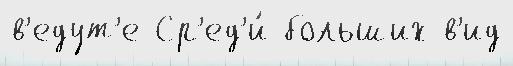
в'едут'е Ср'ед'и́ больших в'ид